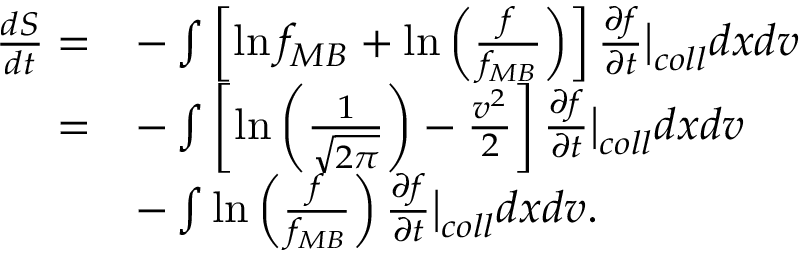
\begin{array} { r l } { \frac { d S } { d t } = } & { - \int \left[ \ln f _ { M B } + \ln \left( \frac { f } { f _ { M B } } \right) \right] \frac { \partial f } { \partial t } \bigr \rvert _ { c o l l } d x d v } \\ { = } & { - \int \left[ \ln \left( \frac { 1 } { \sqrt { 2 \pi } } \right) - \frac { v ^ { 2 } } { 2 } \right] \frac { \partial f } { \partial t } \bigr \rvert _ { c o l l } d x d v } \\ & { - \int \ln \left( \frac { f } { f _ { M B } } \right) \frac { \partial f } { \partial t } \bigr \rvert _ { c o l l } d x d v . } \end{array}